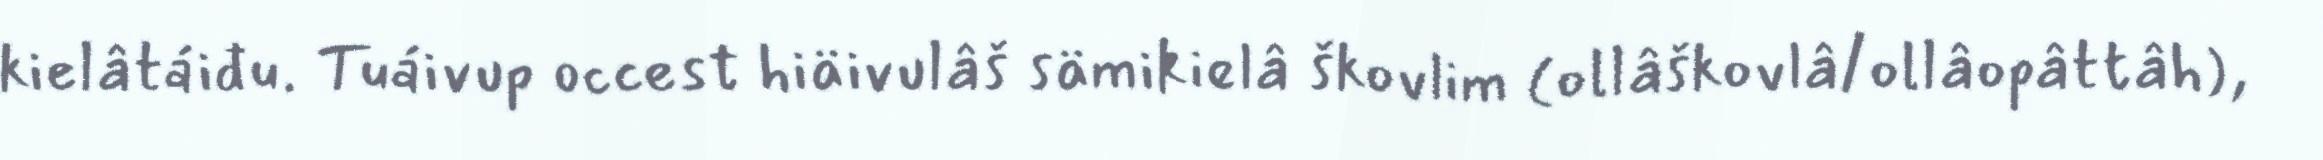
kielâtáiđu. Tuáivup occest hiäivulâš sämikielâ škovlim (ollâškovlâ/ollâopâttâh),